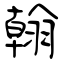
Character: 翰